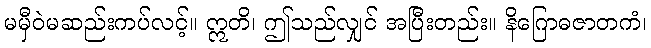
မမှီဝဲမဆည်းကပ်လင့်။ ဣတိ၊ ဤသည်လျှင် အပြီးတည်း။ နိဂြောဓဇာတကံ၊